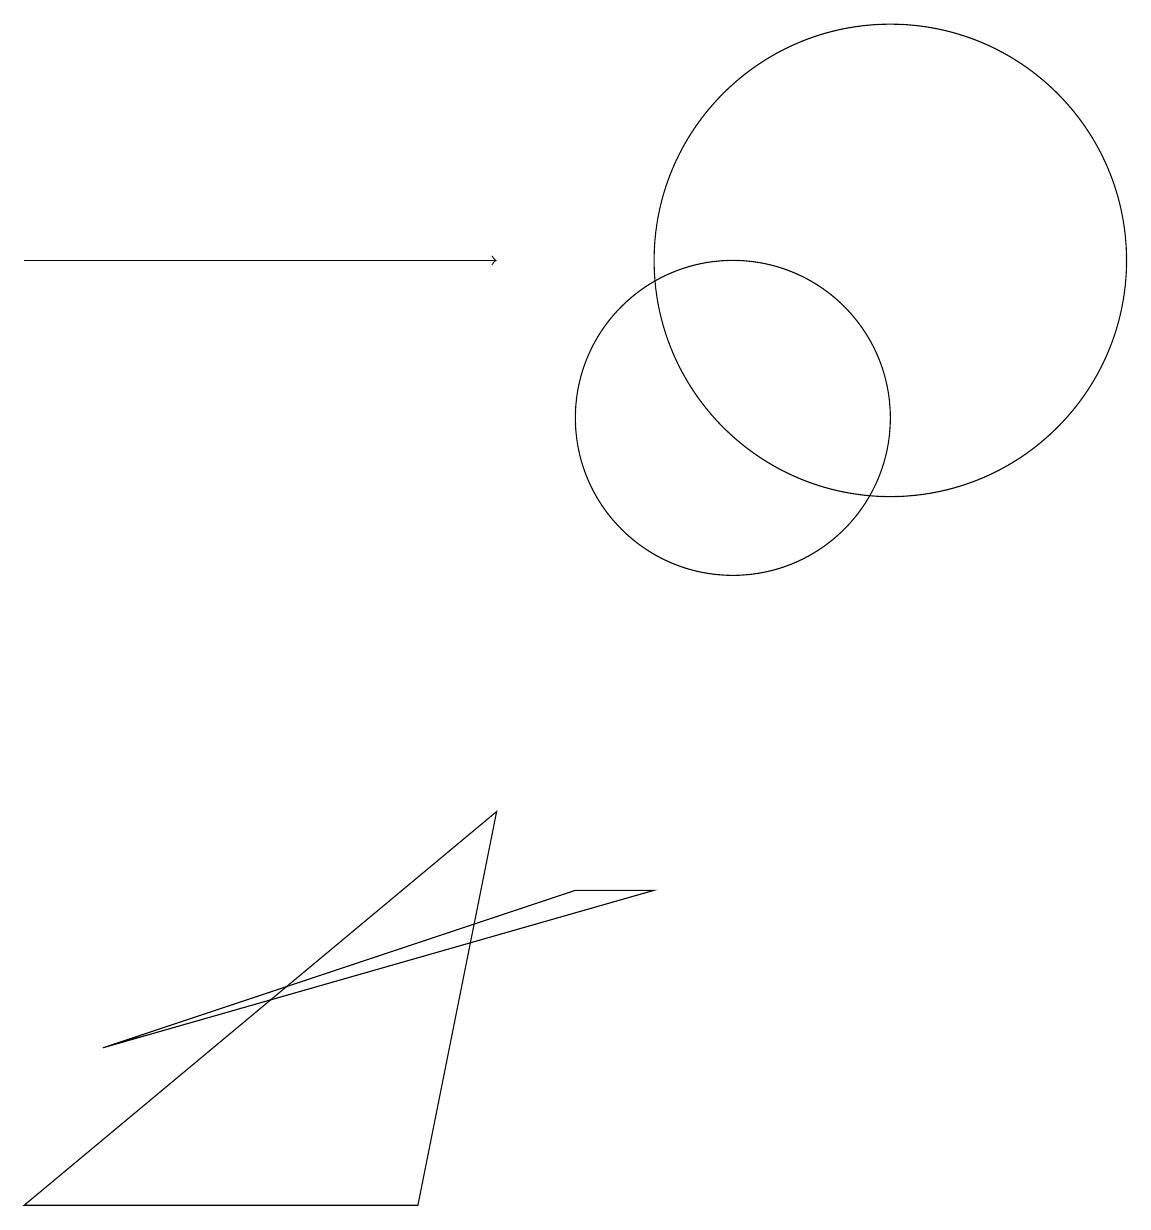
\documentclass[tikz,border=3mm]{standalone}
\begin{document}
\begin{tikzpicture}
\draw (6,0) -- (1,0) -- (7,5) -- cycle;
\draw (10,10) circle (2);
\draw (12,12) circle (3);
\draw[->] (1,12) -- (7,12);
\draw (9,4) -- (8,4) -- (2,2) -- cycle;
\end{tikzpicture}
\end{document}